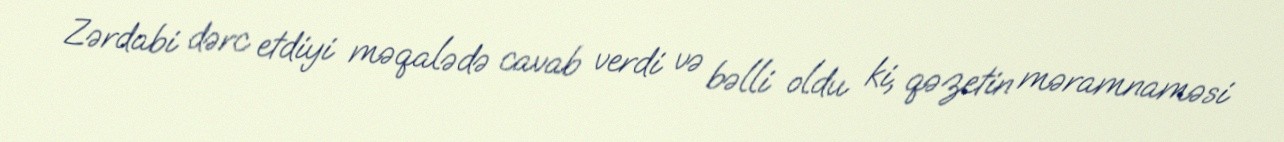
Zərdabi dərc etdiyi məqalədə cavab verdi və bəlli oldu ki, qəzetin məramnaməsi